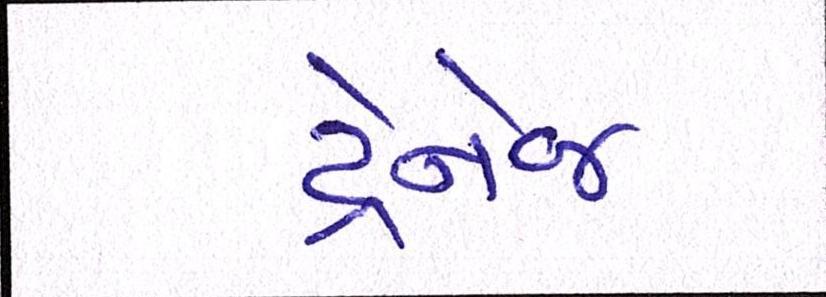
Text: ડ્રેનેજ